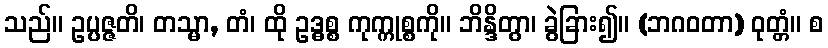
သည်။ ဥပ္ပဇ္ဇတိ၊ တသ္မာ, တံ၊ ထို ဥဒ္ဓစ္စ ကုက္ကုစ္စကို။ ဘိန္ဒိတွာ၊ ခွဲခြား၍။ (ဘဂဝတာ) ဝုတ္တံ။ စ